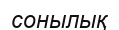
сонылық